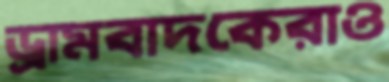
ড্রামবাদকেরাও